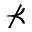
\nprec